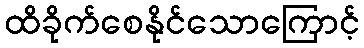
ထိခိုက်စေနိုင်သောကြောင့်